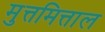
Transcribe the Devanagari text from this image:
मुत्तमित्ताल